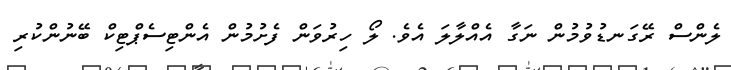
ލެންސް ރޭގަނޑުވުމުން ނަގާ އެއްލާލަ އެވެ. ލޯ ހިރުވަން ފެށުމުން އެންޓިސެޕްޓިކް ބޭނުންކުރި